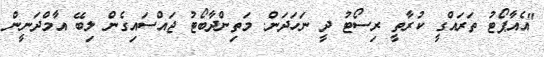
"އެއާޕޯޓު ތަރައްގީ ކުރާތީ ރިސޯޓު ދީ ނަހަދަން. މަތިންދާބޯޓު ޖައްސައިގެން ލިބޭ އާމްދަނީން